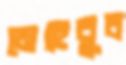
মেহেবুব